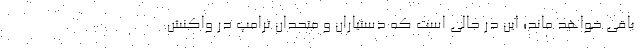
باقی خواهد ماند؛ این در حالی است که دستیاران و متحدان ترامپ در واکنش